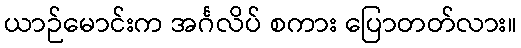
ယာဉ်မောင်းက အင်္ဂလိပ် စကား ပြောတတ်လား။